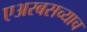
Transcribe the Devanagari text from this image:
एअरबसच्याच